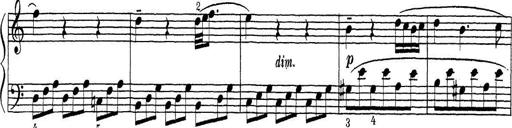
Title: ÄŒeskÃ© Sonatiny
Composer: Various